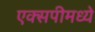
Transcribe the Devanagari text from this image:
एक्सपीमध्ये